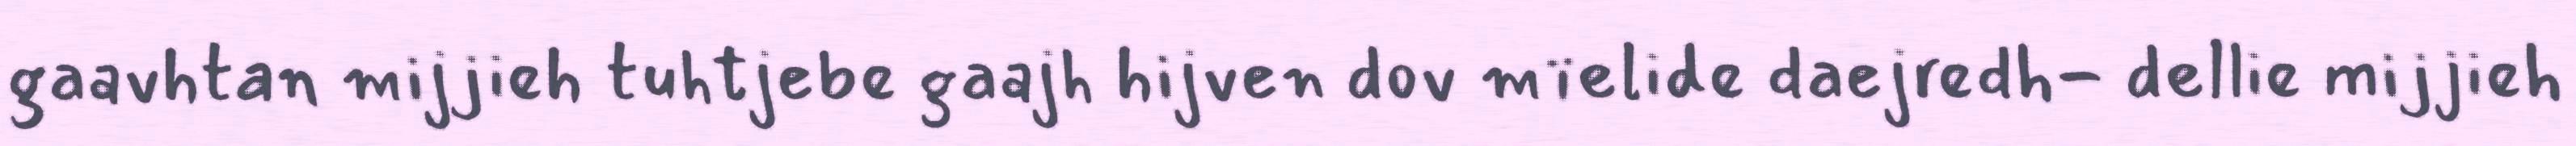
gaavhtan mijjieh tuhtjebe gaajh hijven dov mïelide daejredh- dellie mijjieh